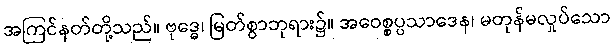
အကြင်နတ်တို့သည်။ ဗုဒ္ဓေ၊ မြတ်စွာဘုရား၌။ အဝေစ္စပ္ပသာဒေန၊ မတုန်မလှုပ်သော